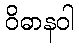
ဝိဓာနဝါ